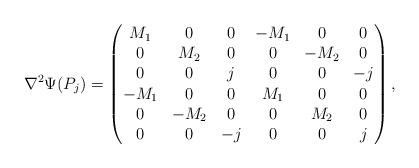
LaTeX: \begin{align*} \nabla^2\Psi(P_j) = \begin{pmatrix}M_1 & 0 & 0 & -M_1 & 0 & 0 \\0 & M_2 & 0 & 0 & -M_2 & 0 \\0 & 0 & j & 0 & 0 & -j \\-M_1 & 0 & 0 & M_1 & 0 & 0 \\0 & -M_2 & 0 & 0 & M_2 & 0 \\0 & 0 & -j & 0 & 0 & j\end{pmatrix},\end{align*}